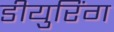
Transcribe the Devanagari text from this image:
डीयुरिंग